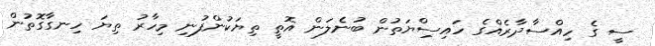
ސީ ގެ ހިއްސާދާރެއްގެ ހައިސިްޔަތުން ބުނެލަން އޮތީ ތިޔަކުންފުނި މިހާރު ތިޔަ ހިނގާގޮތުން